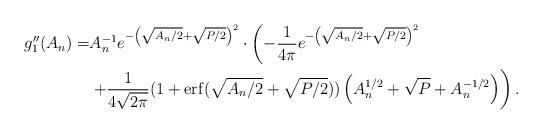
LaTeX: \begin{align*}g''_1(A_n) = & A_n^{-1}e^{-\left(\sqrt{A_n/2}+\sqrt{P/2}\right)^2} \cdot\left(-\frac{1}{4\pi}e^{-\left(\sqrt{A_n/2}+\sqrt{P/2}\right)^2} \right.\\ &\left.+ \frac{1}{4\sqrt{2\pi}}(1+{\rm{erf}}(\sqrt{A_n/2} + \sqrt{P/2}))\left( A_n^{1/2} + \sqrt{P}+ A_n^{-1/2}\right)\right).\end{align*}